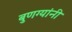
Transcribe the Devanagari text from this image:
बुणग्यांनी